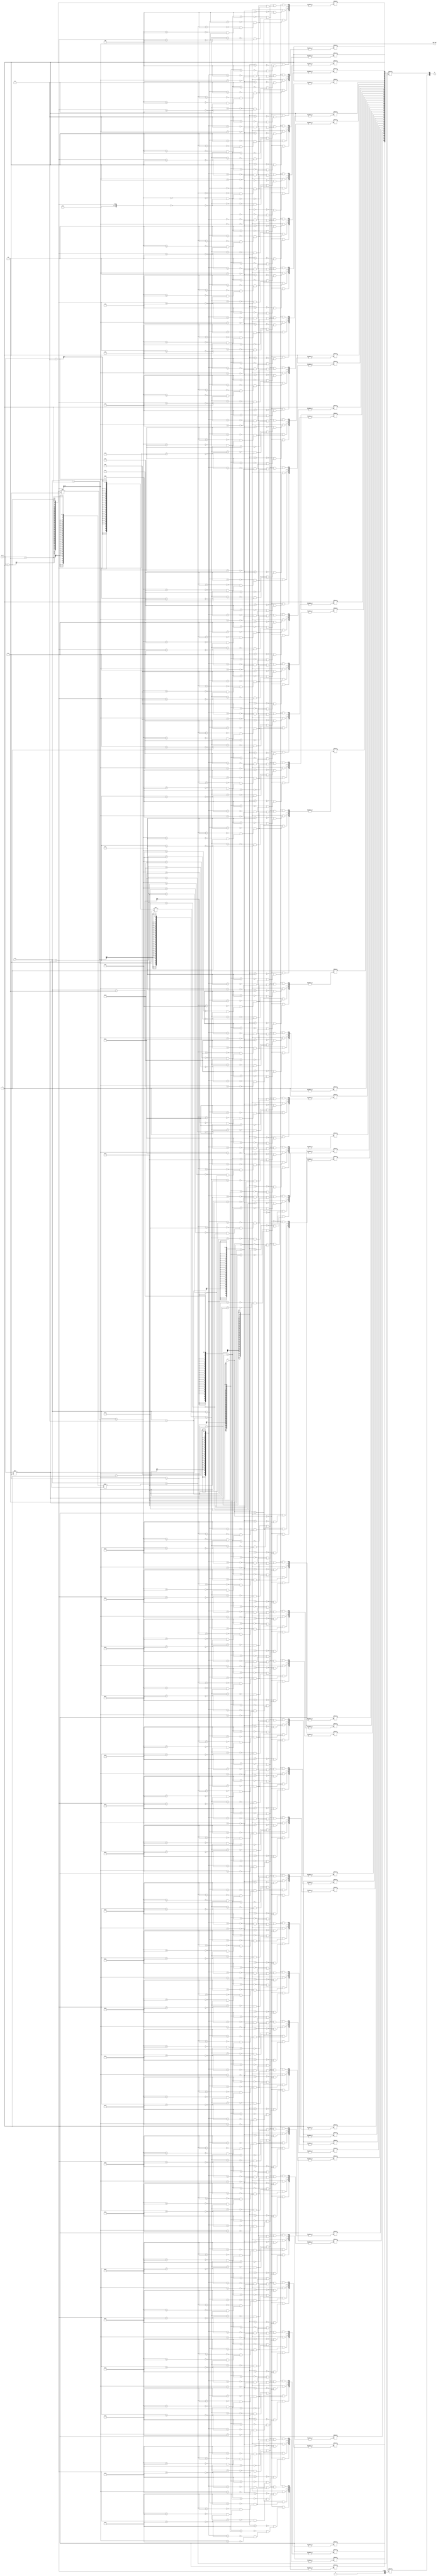
module game_grid(S, A, x_in, y_in, ind_out);
    input[1:0] A;
    input[3:0] x_in, y_in; 
    output[1:0] S;
	output[6:0] ind_out;

	wire[6:0] ind = (x_in) + (y_in * 10);
	reg[39:0] placedblocks= 40'b0;
    always @(A) begin

    case (A)
				2'b00 : begin
					placedblocks[ind] <= 1'b1;
					placedblocks[ind - 1] <= 1'b1;
					placedblocks[ind - 10] <= 1'b1;
					placedblocks[ind - 11] <= 1'b1;
				end
				2'b01 : begin
					placedblocks[(x_in) + (y_in) * 10] <= 1'b1;
					placedblocks[(x_in) + (y_in - 1) * 10] <= 1'b1;
					placedblocks[(x_in) + (y_in - 2) * 10] <= 1'b1;
					placedblocks[(x_in) + (y_in - 3) * 10] <= 1'b1;
				end
				2'b10 : begin
					placedblocks[(x_in) + (y_in) * 10] <= 1'b1;
					placedblocks[(x_in - 1) + (y_in) * 10] <= 1'b1;
					placedblocks[(x_in - 2) + (y_in) * 10] <= 1'b1;
					placedblocks[(x_in - 3) + (y_in) * 10] <= 1'b1;
				end
				default : begin
					placedblocks[(x_in) + (y_in) * 10] <= 1'b1;
					placedblocks[(x_in) + (y_in - 1) * 10] <= 1'b1;
					placedblocks[(x_in) + (y_in - 2) * 10] <= 1'b1;
					placedblocks[(x_in) + (y_in - 3) * 10] <= 1'b1;
				end
			endcase
    end
    assign S = {placedblocks[x_in + y_in * 10], placedblocks[x_in + ((y_in-2) * 10)]};
	assign ind_out = x_in + ((y_in) * 10);
endmodule